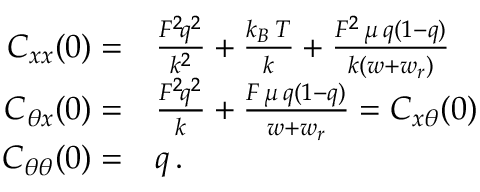
\begin{array} { r l } { C _ { x x } ( 0 ) = } & { \frac { { \cal F } ^ { 2 } \! q ^ { 2 } } { k ^ { 2 } } + \frac { k _ { B } \, T } { k } + \frac { { \cal F } ^ { 2 } \, \mu \, q ( 1 - q ) } { k ( w + w _ { r } ) } } \\ { C _ { \theta x } ( 0 ) = } & { \frac { { \cal F } ^ { 2 } \! q ^ { 2 } } { k } + \frac { { \cal F } \, \mu \, q ( 1 - q ) } { w + w _ { r } } = C _ { x \theta } ( 0 ) } \\ { C _ { \theta \theta } ( 0 ) = } & { q \, . } \end{array}